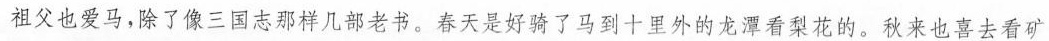
祖父也爱马，除了像三国志那样几部老书。春天是好骑了马到十里外的龙潭看梨花的。秋来也喜去看矿